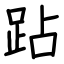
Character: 跕